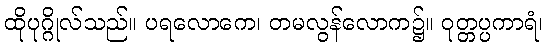
ထိုပုဂ္ဂိုလ်သည်။ ပရလောကေ၊ တမလွန်လောက၌။ ဝုတ္တပ္ပကာရံ၊